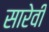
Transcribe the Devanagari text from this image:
सारेवी